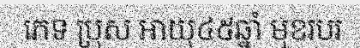
ភេទ ប្រុស អាយុ៤៥ឆ្នាំ មុខរបរ